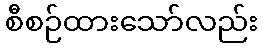
စီစဉ်ထားသော်လည်း